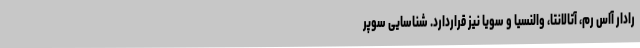
رادار آاس رم، آتالانتا، والنسیا و سویا نیز قراردارد. شناسایی سوپر